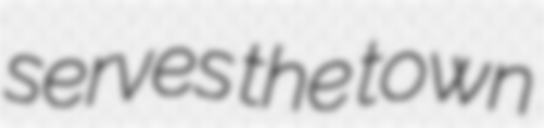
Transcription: serves the town